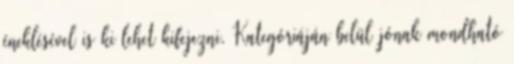
éneklésével is ki lehet kifejezni. Kategóriáján belül jónak mondható